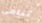
تنامى